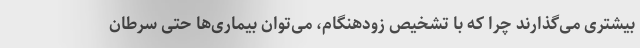
بیشتری می‌گذارند چرا که با تشخیص زودهنگام، می‌توان بیماری‌ها حتی سرطان